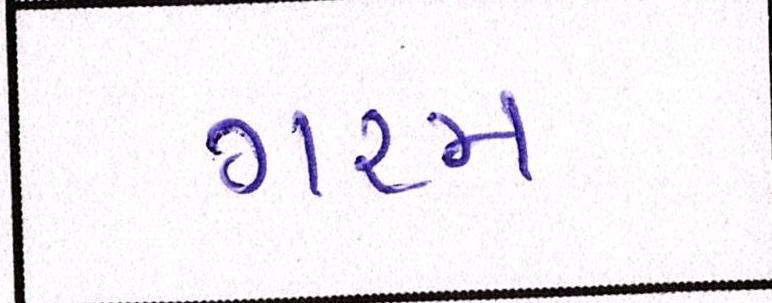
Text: ગરમ